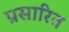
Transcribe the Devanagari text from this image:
प्रसारित